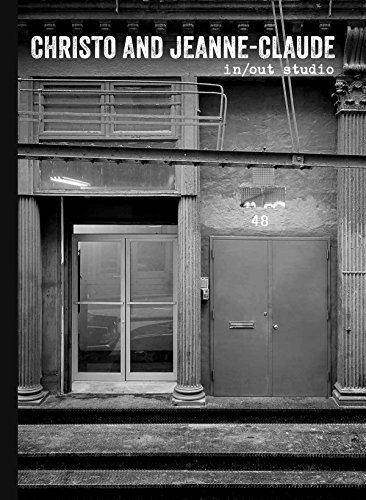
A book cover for Christo and Jeanne-Claude: In/Out Studio; Arts & Photography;